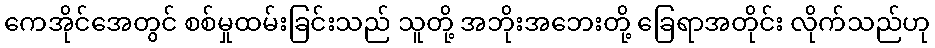
ကေအိုင်အေတွင် စစ်မှုထမ်းခြင်းသည် သူတို့ အဘိုးအဘေးတို့ ခြေရာအတိုင်း လိုက်သည်ဟု